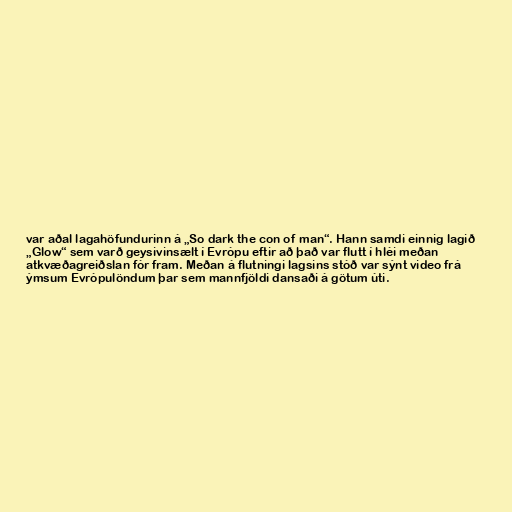
var aðal lagahöfundurinn á „So dark the con of man“. Hann samdi einnig lagið
„Glow“ sem varð geysivinsælt í Evrópu eftir að það var flutt í hléi meðan
atkvæðagreiðslan fór fram. Meðan á flutningi lagsins stóð var sýnt video frá
ýmsum Evrópulöndum þar sem mannfjöldi dansaði á götum úti.